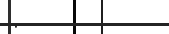
: